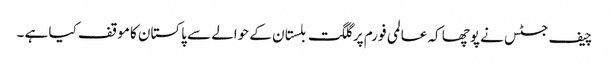
چیف جسٹس نے پوچھا کہ عالمی فورم پر گلگت بلستان کے حوالے سے پاکستان کا موقف کیا ہے ۔